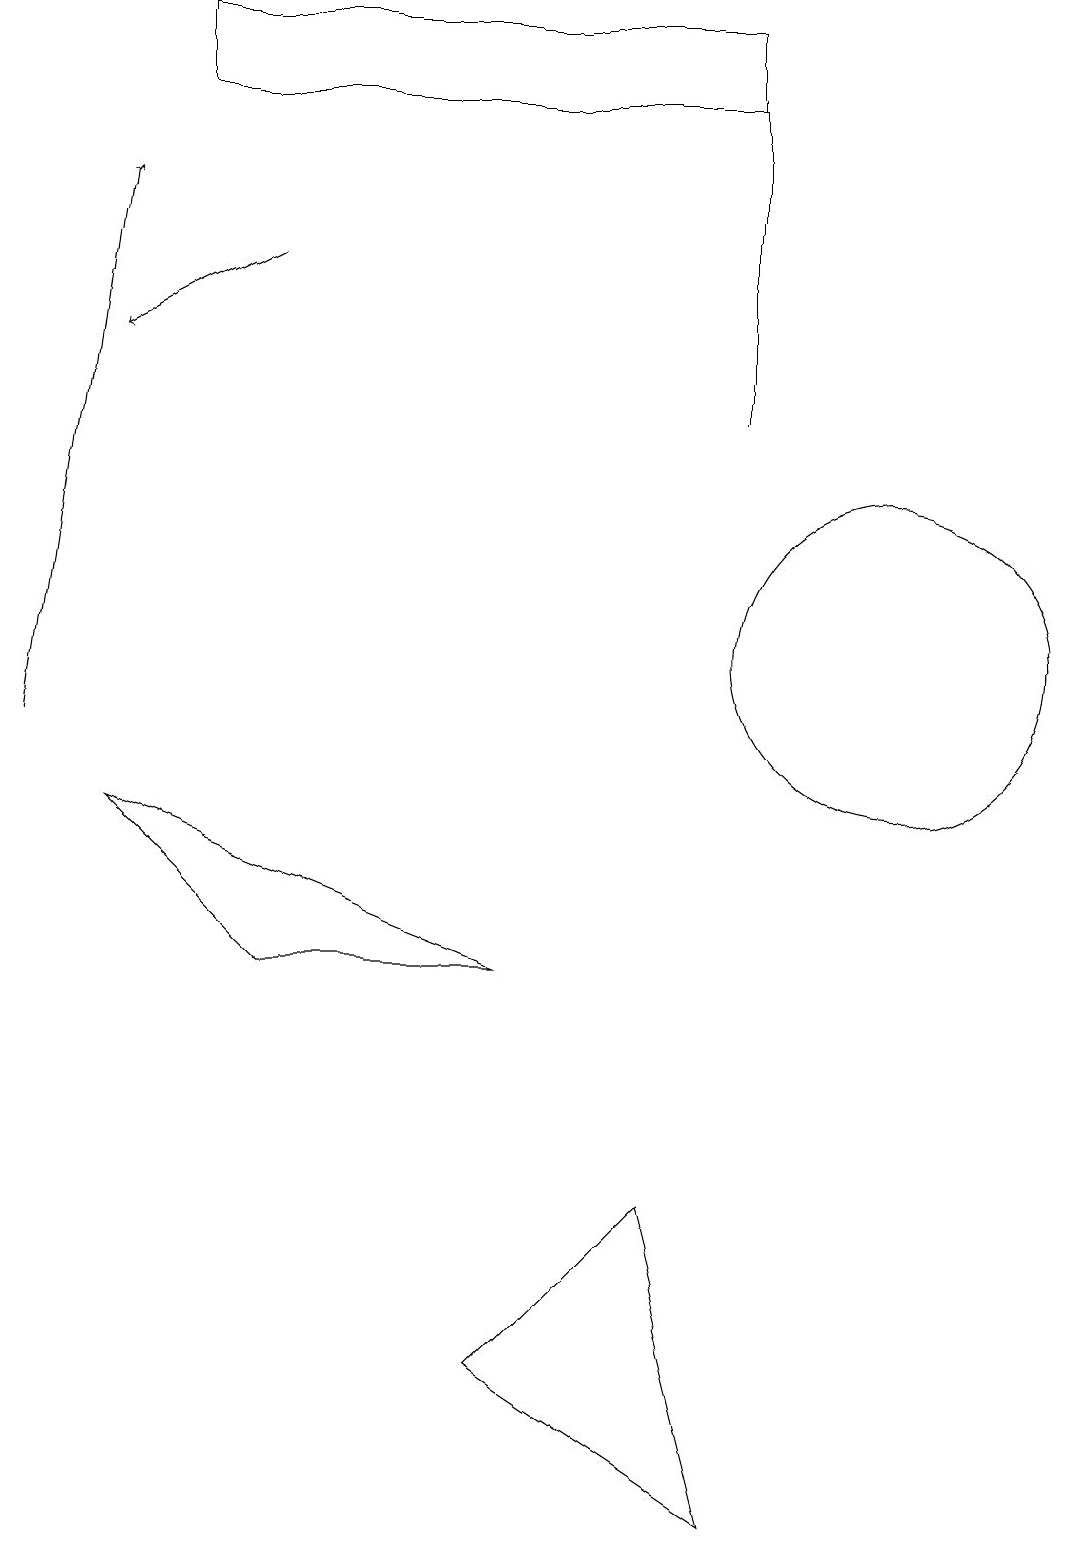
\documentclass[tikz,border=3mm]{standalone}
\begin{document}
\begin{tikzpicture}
\draw (8,4) -- (9,0) -- (6,2) -- cycle;
\draw (9,19) rectangle (9,14);
\draw[->] (0,10) -- (1,17);
\draw (9,19) rectangle (2,18);
\draw (9,14) rectangle (9,15);
\draw (3,7) -- (6,7) -- (1,9) -- cycle;
\draw (11,11) circle (2);
\draw[->] (3,16) -- (1,15);
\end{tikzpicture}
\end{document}